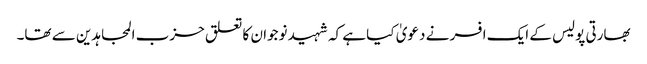
بھارتی پولیس کے ایک افسر نے دعویٰ کیا ہے کہ شہید نوجوان کا تعلق حزب المجاہدین سے تھا۔